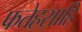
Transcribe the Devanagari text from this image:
फतेहसाहि